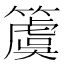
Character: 𥵂